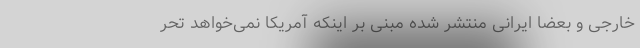
خارجی و بعضاً ایرانی منتشر شده مبنی بر اینکه آمریکا نمی‌خواهد تحر